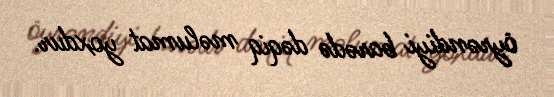
öyrəndiyi barədə dəqiq məlumat yoxdur.